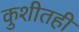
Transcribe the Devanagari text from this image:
कुशीतही